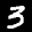
Label: 3